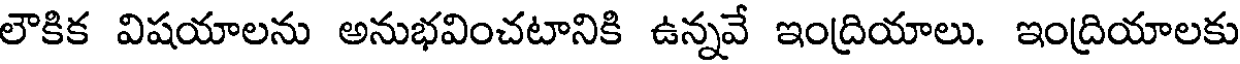
లౌకిక విషయాలను అనుభవించటానికి ఉన్నవే ఇంద్రియాలు. ఇంద్రియాలకు